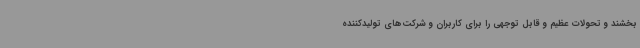
بخشند و تحولات عظیم و قابل توجهی را برای کاربران و شرکت‌های تولیدکننده